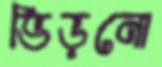
ভিড়নো